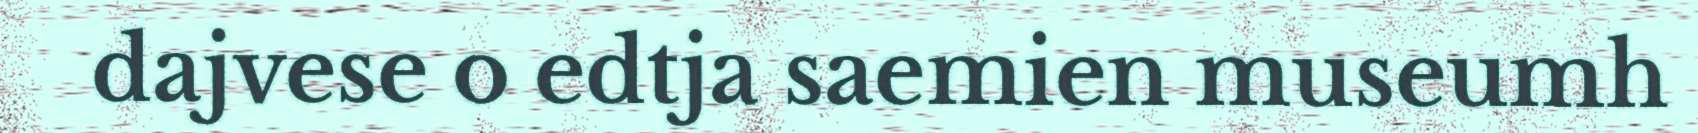
dajvese o edtja saemien museumh